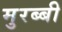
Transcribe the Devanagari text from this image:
मुरब्बी